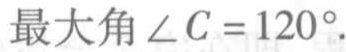
最大角\(\angle C = 120^{\circ}\).